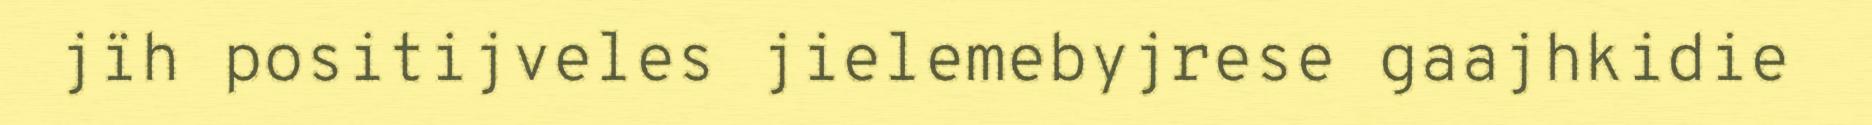
jïh positijveles jielemebyjrese gaajhkidie